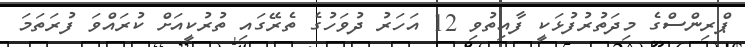
ޕްރިންސްގެ މިދަތުރުފުޅަކީ ފާއިތުވި 12 އަހަރު ދުވަހުގެ ތެރޭގައި ތުރުކީއަށް ކުރައްވަ ފުރަތަމަ